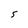
Character: 5